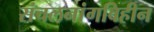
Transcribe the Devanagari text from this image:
संचलनांगविहीन